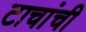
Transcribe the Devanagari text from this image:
टाचांची